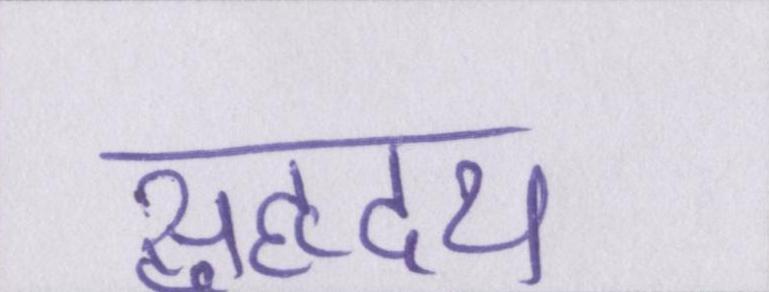
सुहृदय